Cholera in India, 1862 to 1881
Year: 1862
Disease focus: Cholera
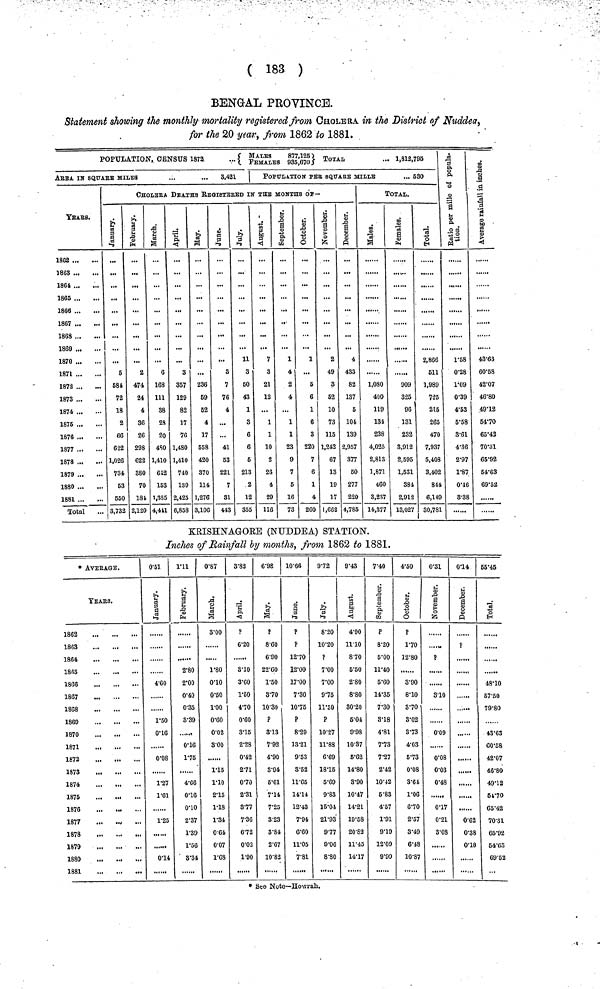
( 183 )
BENGAL PROVINCE.
Statement showing the monthly mortality registered from CHOLERA in the District of Nuddea,
for the 20 year, from 1862 to 1881.
POPULATION, CENSUS 1872
...{ MALES ,FEMALES 877,125 935,670} TOTAL ... 1,812,795
ABBA IN SQUARE MILES
...
...
3,421
TEARS.
18G2
1863 ...
1861
1865
1866
1867
1863
1869
1870
1871
1872
1873
1874
1875
1876
1877
1878
1879
1880
1881
Total
POPULATION PER SQUARE MILLE ... 630
CHOLERA DEATHS REGISTERED IN THE MONTHS OF-
Januwary.
6
584
72
18
2
66
622
1,026
734
63
650
3,732
February.
2
474
24
4
36
26
298
622
380
70
181
2,120
March.
6
168
111
38
23
20
480
1,410
612
153
1,385
4,411
April.
3
357
129
82
17
76
1,480
1,410
740
139
2,425
6,858
May.
...
236
69
52
4
17
558
420
370
114
1,276
3,106
June.
3
7
76
4
...
...
41
53
221
7
31
443
July.
11
3
60
43
1
3
6
6
6
213
2
12
355
August.
7
3
21
12
...
1
1
10
2
26
4
29
116
September.
1
4
2
4
...
1
1
23
9
7
5
16
73
October.
1
...
5
6
1
6
3
220
7
6
1
4
260
November.
2
49
3
62
10
73
115
1,242
67
13
19
17
1,662
December.
4
433
82
137
5
104
139
2,957
377
60
277
220
4,785
TOTAL.
Males.
1,080
400
119
134
238
4,025
2,813
1,871
460
3,237
14,377
Females.
909
325
96
131
232
3,912
2,595
1,531
384
2,912
13,027
Total.
2,866
611
1,989
725
215
265
470
7,937
5,408
3,402
844
6,149
30,781
Ratio per mile of population.
1.58
0.28
1.09
0.39
4.53
5.58
3.61
4.36
2.97
1.87
0.16
3.38
Average rainfall in inches.
43.63
60.58
42.07
46.80
49.312
64.70
65.42
70.31
65.92
54.63
69.52
KRISHNAGORE (NUDDEA) STATION.
Inches of Rainfall by months, from 1862 to 1881.
* AVERAGE.
TEARS.
1862
1863
1864
1865
1866
1867
1868
1869
1870
1871
1872
...
1873
1874
1875
1876
1877
...
1873
1879
1880
1881
0.51
January.
4.60
1.50
0.16
0.08
1.27
1.61
1.25
0.14
1.11
February.
2.80
2.00
0.40
0.35
3.39
0.16
1.75
4.66
0.16
0.10
2.37
1.89
1.56
8.34
0.87
March.
3.00
1.80
0.10
0.50
1.00
0.60
0.02
3.00
1.15
1.10
2.15
1.18
1.84
0.64
0.07
1.68
3.82
April.
P
6.20
8.10
3.60
1.50
4.70
0.60
3.15
2.28
0.42
2.71
0.70
2.31
8.77
7.36
6.72
0.02
1.90
6.98
May.
P
8.60
6.90
22.60
1.50
3.70
10.30
?
3.13
7.92
4.90
3.94
5.61
7.14
7.25
3.23
3.84
2.67
10.82
10.66
June.
P
P
12.70
12.00
17.00
7.30
10.75
?
8.29
13.21
9.53
3.52
11.65
14.14
12.43
7.94
6.60
11.05
7.81
9.72
July.
8.20
10.20
?
7.00
7.00
9.75
11.50
?
10.27
11.88
6.69
18.15
5.69
9.83
15.04
21.93
9.77
9.06
8.80
9.43
August.
4.90
11.10
8.70
5.50
2.80
8.80
30.20
5.04
9.98
10.37
6.62
14.80
8.90
10.47
14.21
19.58
20.82
11.45
14.17
7.40
September.
?
8.20
5.00
11.40
5.60
14.35
7.30
8.18
4.81
7.73
7.27
2.42
10.42
5.83
4.57
1.91
9.19
12.09
9.99
4.50
October.
?
1.70
12.80
8.90
8.10
3.70
8.02
3.73
4.03
5.73
0.08
3.64
1.06
6.70
2.57
3.49
6.48
10.87
0.31
November.
....
?
8.10
0.09
0.08
0.03
0.48
0.17
0.21
3.08
0.14
December.
?
......
,,,,,,
......
.,,,„
0.62
0.38
0.18
65.45
Total.
......
48.10
57.50
79.80
43.63
60.58
42.07
46.80
49.12
51.70
65.42
70.3l
65.92
54.63
69.52
• See Note—Howrah.